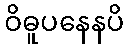
ဝိဓူပနေနပိ